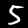
Digit: 5